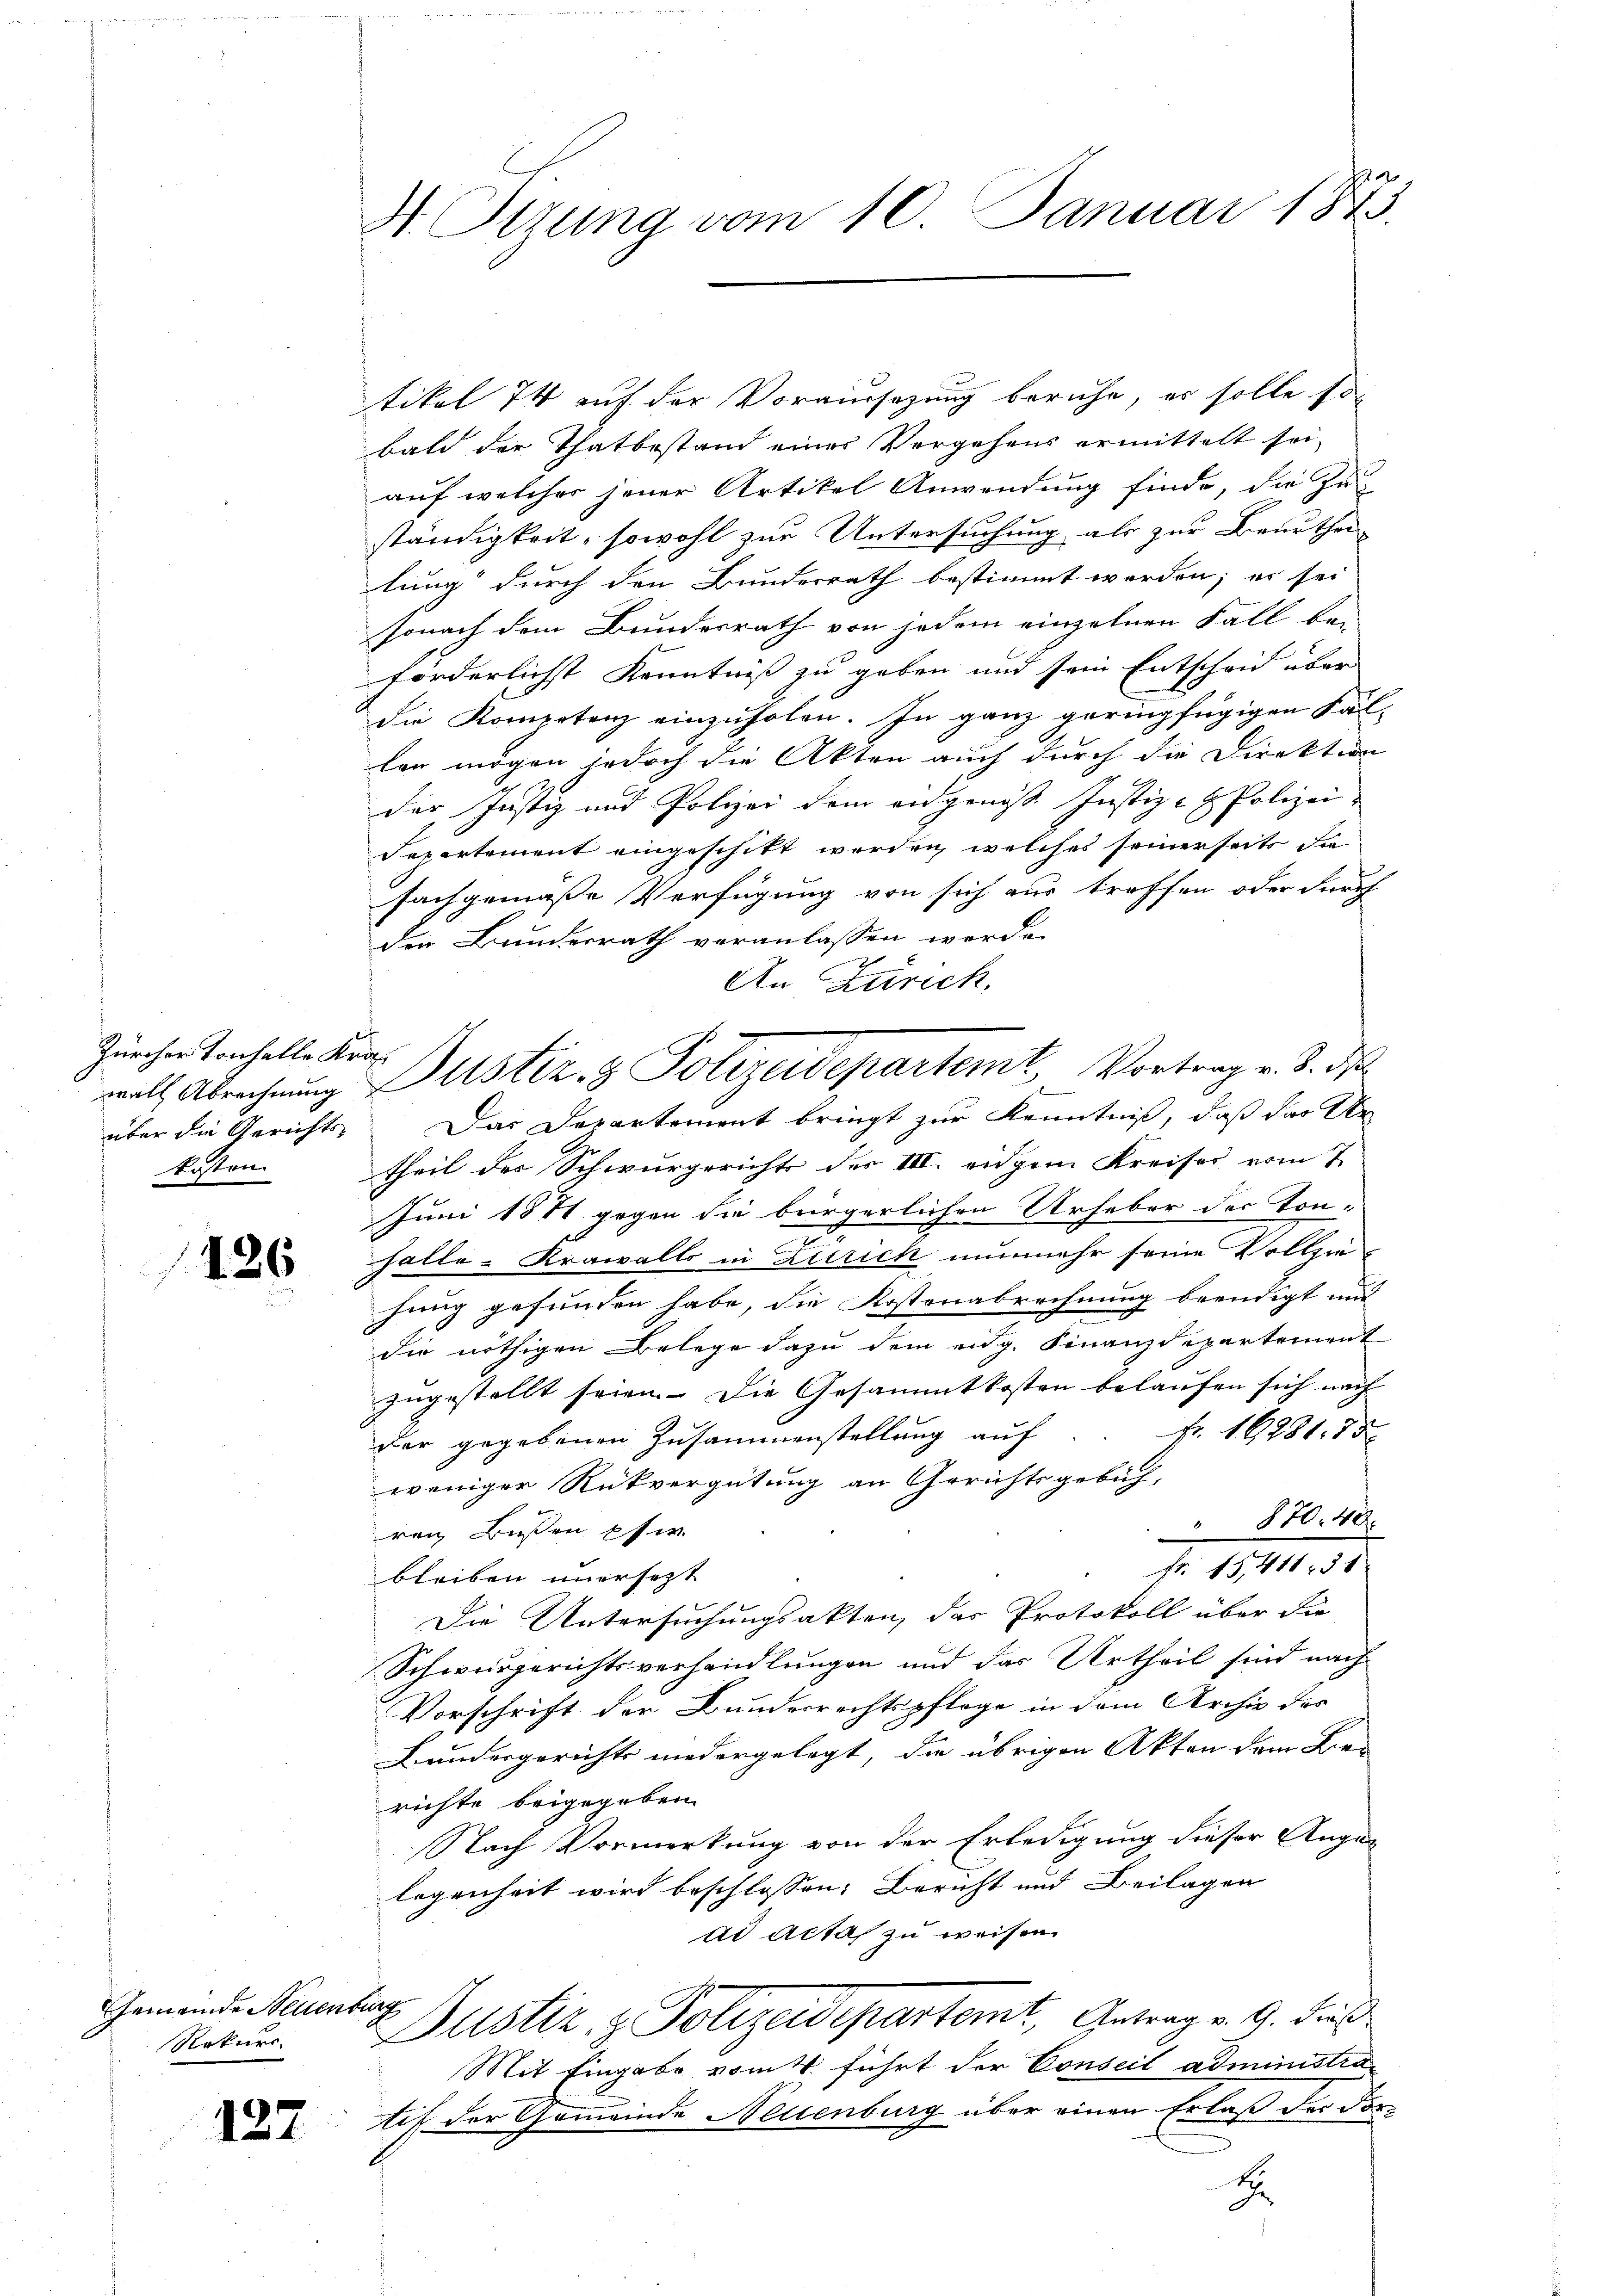
Zürcher Tonhalle Kra
kosten

126

Gemeinde Neuenburg
Rokuri

127

H Sizung vom 10. Januar 1873.

tikel 74 auf der Voraussetzung beruhe, es solle so
bald der Thatbestand einer Vergehens ermittelt sei,
auf welcher jener Artikel Anwendung finde, die Zu-
ständigkeit, sowohl zur Untersuchung als zur Beurtheilung durch den Bundesrath bestimmt werden; es sei
sonach dem Bundesrath von jedem einzelnen Fall bei
förderlichst Kenntniß zu geben und sein Entscheid über
die Kompetenz einzuholen. In ganz geringfügigen Fällen mögen jedoch die Akten auch durch die Direktion
der Justiz und Polizei dem eidgenös Justiz- & Polizei
Separtement eingeschikt werden, welches seinerseits di
Fachgemäße Verfügung von sich aus treffen oder durch
den Bundesrath veranlassen werde.
2
An Zürich,
über die Gericht. Das Departement bringt zur Kenntniß, daß das Ur
theil der Schwurgerichts des III. eidgem Kreises vom 7
Juni 1841 gegen die bürgerlichen Urheber der Ton-
0
halle-Krawalls in Zürich nunmehr seine Vollziehung gefunden habe, die Kostenabrechnung beendigt und
die nöthigen Belege dazu dem eidg. Finanzdepartement
zugestellt seien. Die Gesammtkosten belaufen sich nach
Fr. 16281. 85.
der gegebenen Zusammenstellung auf
weniger Rückvergütung an Gerichtsgebüh-
870. 40.
ren Bußen pfw.
fr. 15,411, § 1
bleiben unersezt
Die Untersuchungsakten, das Protokoll über die
Schwurgerichtsverhandlungen und das Urtheil sind nach
Vorschrift der Bundesrechtspflege in dem Archiv der
Bundergerichts niedergelegt, die übrigen Akten dem Be- |
richte beigegeben.
Nach Vormerkung von der Erledigung dieser Angelegenheit wird beschlossen: Bericht und Beilagen
ad Acta zu weisen
ustiz & Polizeidepartemt, Getrag v. 9. dies
Mit Eingabe vom 4. führt der Conseil administratif der Gemeinde Neuenburg über einen Erlaß der dort

well Abrechnŭng Justiz- & Polizeidepartemt, Vortrag v. J. d